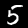
Label: 5